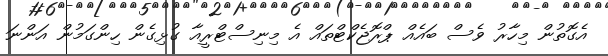
އެގޮތުން މިހާރު ވެސް ބައެއް ޕްރޮޖެކްޓްތައް އެ މިނިސްޓްރީއާ ގުޅިގެން ހިންގަމުން އަންނަ